Annual administration report of the Civil Veterinary Department, Sind - 1939-1940
Year: 1939
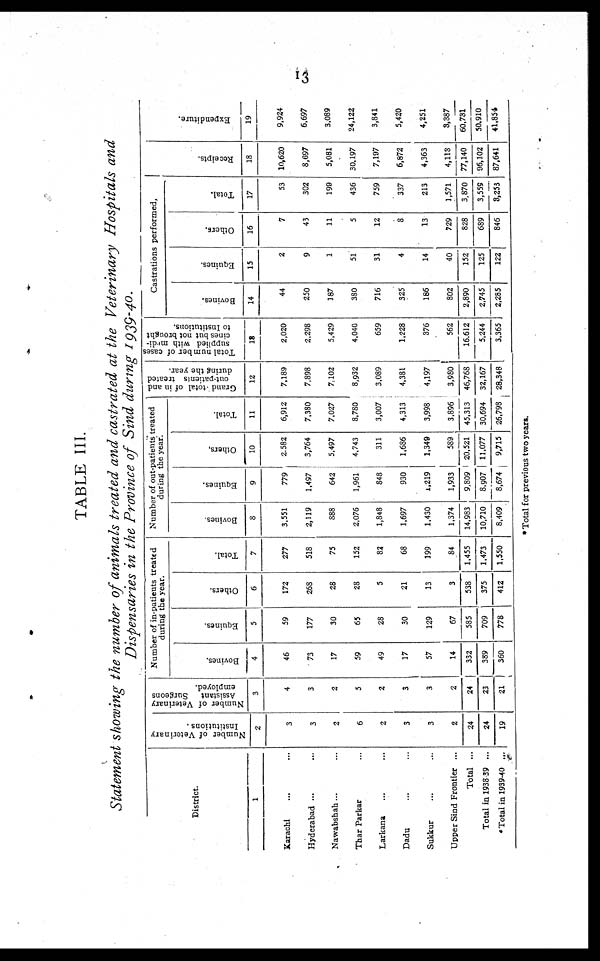
13
TABLE III.
Statement showing the number of animals treated and castrated at the Veterinary Hospitals and
Dispensaries in the Province of Sind during 1939-40.
District.
1
Karachi ... ...
Hyderabad ... ...
Nawabshah ... ...
Thar Parkar ...
Larkana ... ...
Dadu ... ...
Sukkur ... ...
Upper Sind Frontier ...
Total ...
Total in 1938-39 ...
*Total in 1939-40 ...
Number of Veterinary
Institutions.
2
3
3
2
6
2
3
3
2
24
24
19
Number of Veterinary
Assistant
Surgeons
employed.
3
4
3
2
5
2
3
3
2
24
23
21
Number of in-patients treated
during the year.
Bovines.
4
46
73
17
59
49
17
57
14
332
389
360
Equines.
5
59
177
30
65
28
30
129
67
585
709
778
Others.
6
172
268
28
28
5
21
13
3
538
375
412
Total.
7
277
518
75
152
82
68
199
84
1,455
1,473
1,550
Number of out-patients treated
during the year.
Bovines.
8
3,551
2,119
888
2,076
1,848
1,697
1,430
1,374
14,983
10,710
8,409
Equines.
9
779
1,497
642
1,961
848
930
1,219
1,933
9,809
8,907
8,674
Others.
10
2,582
3,764
5,497
4,743
311
1,686
1,349
589
20,521
11,077
9,715
Total.
11
6,912
7,380
7,027
8,780
3,007
4,313
3,998
3,896
45,313
30,694
26,798
Grand total of in and
out-patients treated
during the year.
12
7,189
7,898
7,102
8,932
3,089
4,381
4,197
3,980
46,768
32,167
28,348
Total number of cases
supplied with medi¬
cines but not brought
to Institutions.
13
2,020
2,298
5,429
4,040
659
1,228
376
562
16,612
5,244
3,365
Castrations performed.
Bovines.
14
44
250
187
380
716
325
186
802
2,890
2,745
2,285
Equines.
15
2
9
1
51
31
4
14
40
152
125
122
Others.
16
7
43
11
5
12
8
13
729
828
689
846
Total.
17
53
302
199
436
759
337
213
1,571
3,870
3,559
3,253
Recei pt s .
18
10,620
8,697
5,081
30,197
7,197
6,872
4,363
4,113
77,140
96,102
87,641
Expenditure.
19
9,924
6,697
3,089
24,122
3,841
5,420
4,251
3,387
60,731
50,910
41,854
* Total for previous two years.